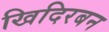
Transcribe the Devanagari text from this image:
खिदिरबन